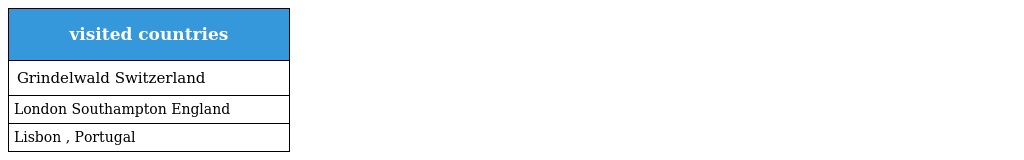
| visited countries |
 | --- |
 | Grindelwald Switzerland |
 | London Southampton England |
 | Lisbon , Portugal |